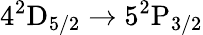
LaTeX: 4^{2}\mathrm{D}_{5/2}\rightarrow 5^{2}\mathrm{P}_{3/2}